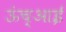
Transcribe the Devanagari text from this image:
ऊंच्आई